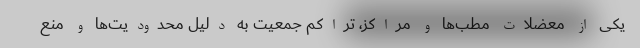
یکی از معضلات مطب‌ها و مراکز، تراکم جمعیت به دلیل محدودیت‌ها و منع